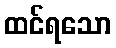
ထင်ရသော